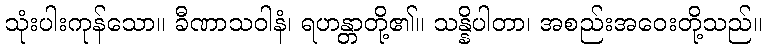
သုံးပါးကုန်သော။ ခီဏာသဝါနံ၊ ရဟန္တာတို့၏။ သန္နိပါတာ၊ အစည်းအဝေးတို့သည်။